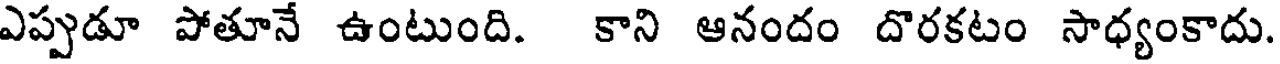
ఎప్పుడూ పోతూనే ఉంటుంది. కాని ఆనందం దొరకటం సాధ్యంకాదు.